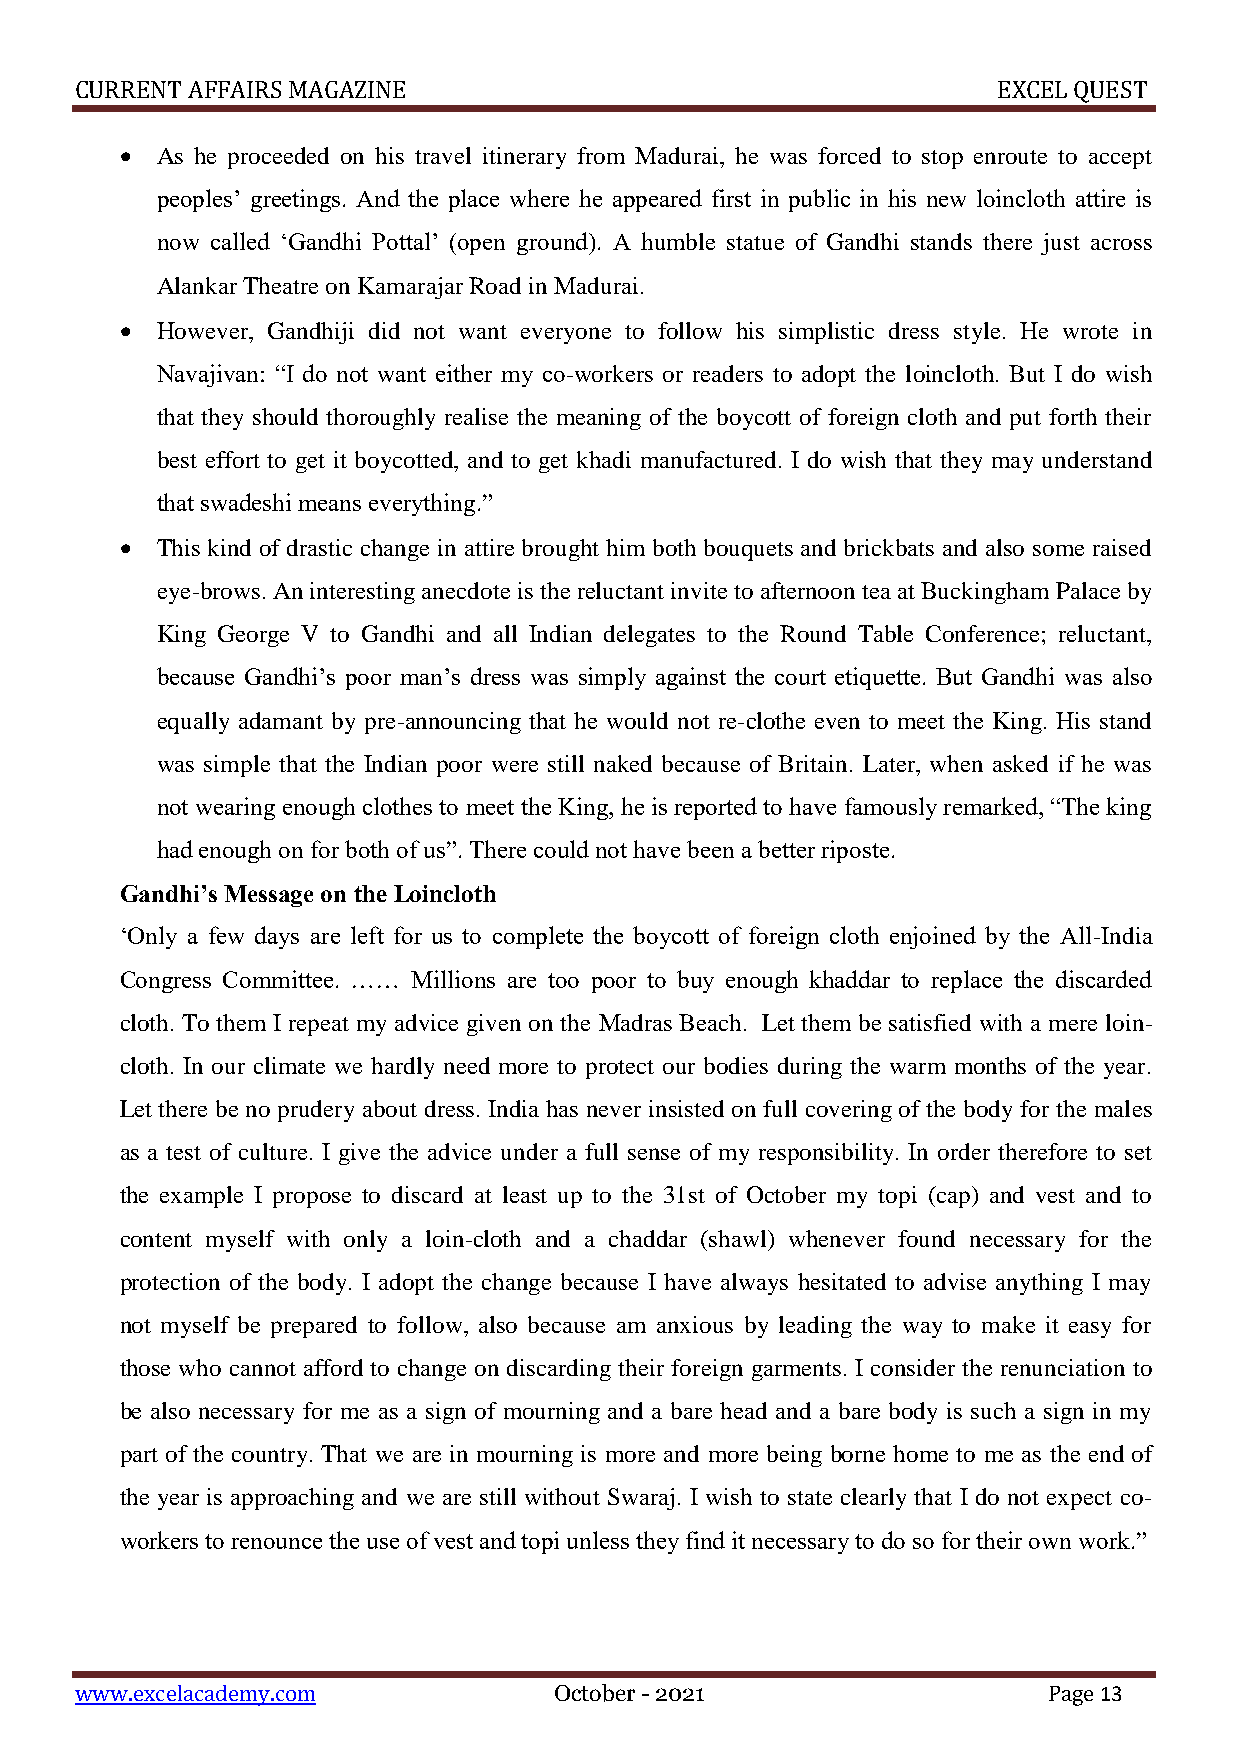
CURRENT AFFAIRS MAGAZINE                                     EXCEL QUEST
  As he proceeded on his travel itinerary from Madurai, he was forced to stop enroute to accept
 peoples’ greetings. And the place where he appeared first in public in his new loincloth attire is
 now called ‘Gandhi Pottal’ (open ground). A humble statue of Gandhi stands there just across
 Alankar Theatre on Kamarajar Road in Madurai.
  However, Gandhiji did not want everyone to follow his simplistic dress style. He wrote in
 Navajivan: “I do not want either my co-workers or readers to adopt the loincloth. But I do wish
 that they should thoroughly realise the meaning of the boycott of foreign cloth and put forth their
 best effort to get it boycotted, and to get khadi manufactured. I do wish that they may understand
 that swadeshi means everything.”
  This kind of drastic change in attire brought him both bouquets and brickbats and also some raised
 eye-brows. An interesting anecdote is the reluctant invite to afternoon tea at Buckingham Palace by
 King George V to Gandhi and all Indian delegates to the Round Table Conference; reluctant,
 because Gandhi’s poor man’s dress was simply against the court etiquette. But Gandhi was also
 equally adamant by pre-announcing that he would not re-clothe even to meet the King. His stand
 was simple that the Indian poor were still naked because of Britain. Later, when asked if he was
 not wearing enough clothes to meet the King, he is reported to have famously remarked, “The king
 had enough on for both of us”. There could not have been a better riposte.
 Gandhi’s Message on the Loincloth
 ‘Only a few days are left for us to complete the boycott of foreign cloth enjoined by the All-India
 Congress Committee. …… Millions are too poor to buy enough khaddar to replace the discarded
 cloth. To them I repeat my advice given on the Madras Beach. Let them be satisfied with a mere loin-
 cloth. In our climate we hardly need more to protect our bodies during the warm months of the year.
 Let there be no prudery about dress. India has never insisted on full covering of the body for the males
 as a test of culture. I give the advice under a full sense of my responsibility. In order therefore to set
 the example I propose to discard at least up to the 31st of October my topi (cap) and vest and to
 content myself with only a loin-cloth and a chaddar (shawl) whenever found necessary for the
 protection of the body. I adopt the change because I have always hesitated to advise anything I may
 not myself be prepared to follow, also because am anxious by leading the way to make it easy for
 those who cannot afford to change on discarding their foreign garments. I consider the renunciation to
 be also necessary for me as a sign of mourning and a bare head and a bare body is such a sign in my
 part of the country. That we are in mourning is more and more being borne home to me as the end of
 the year is approaching and we are still without Swaraj. I wish to state clearly that I do not expect co-
 workers to renounce the use of vest and topi unless they find it necessary to do so for their own work.”
 www.excelacademy.com            October - 2021                  Page 13